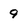
Character: 9